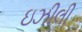
ઇઝીલી